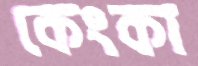
কেংকা